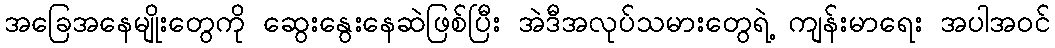
အခြေအနေမျိုးတွေကို ဆွေးနွေးနေဆဲဖြစ်ပြီး အဲဒီအလုပ်သမားတွေရဲ့ ကျန်းမာရေး အပါအဝင်